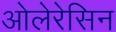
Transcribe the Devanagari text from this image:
ओलेरेसिन